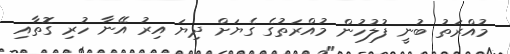
މުއްރަތު ބުނީ ފުލުހުން މުއްރަތުގެ ގެޔަށް ދިޔަ އިރު އޭނާ ހުރި ގޮތާއި